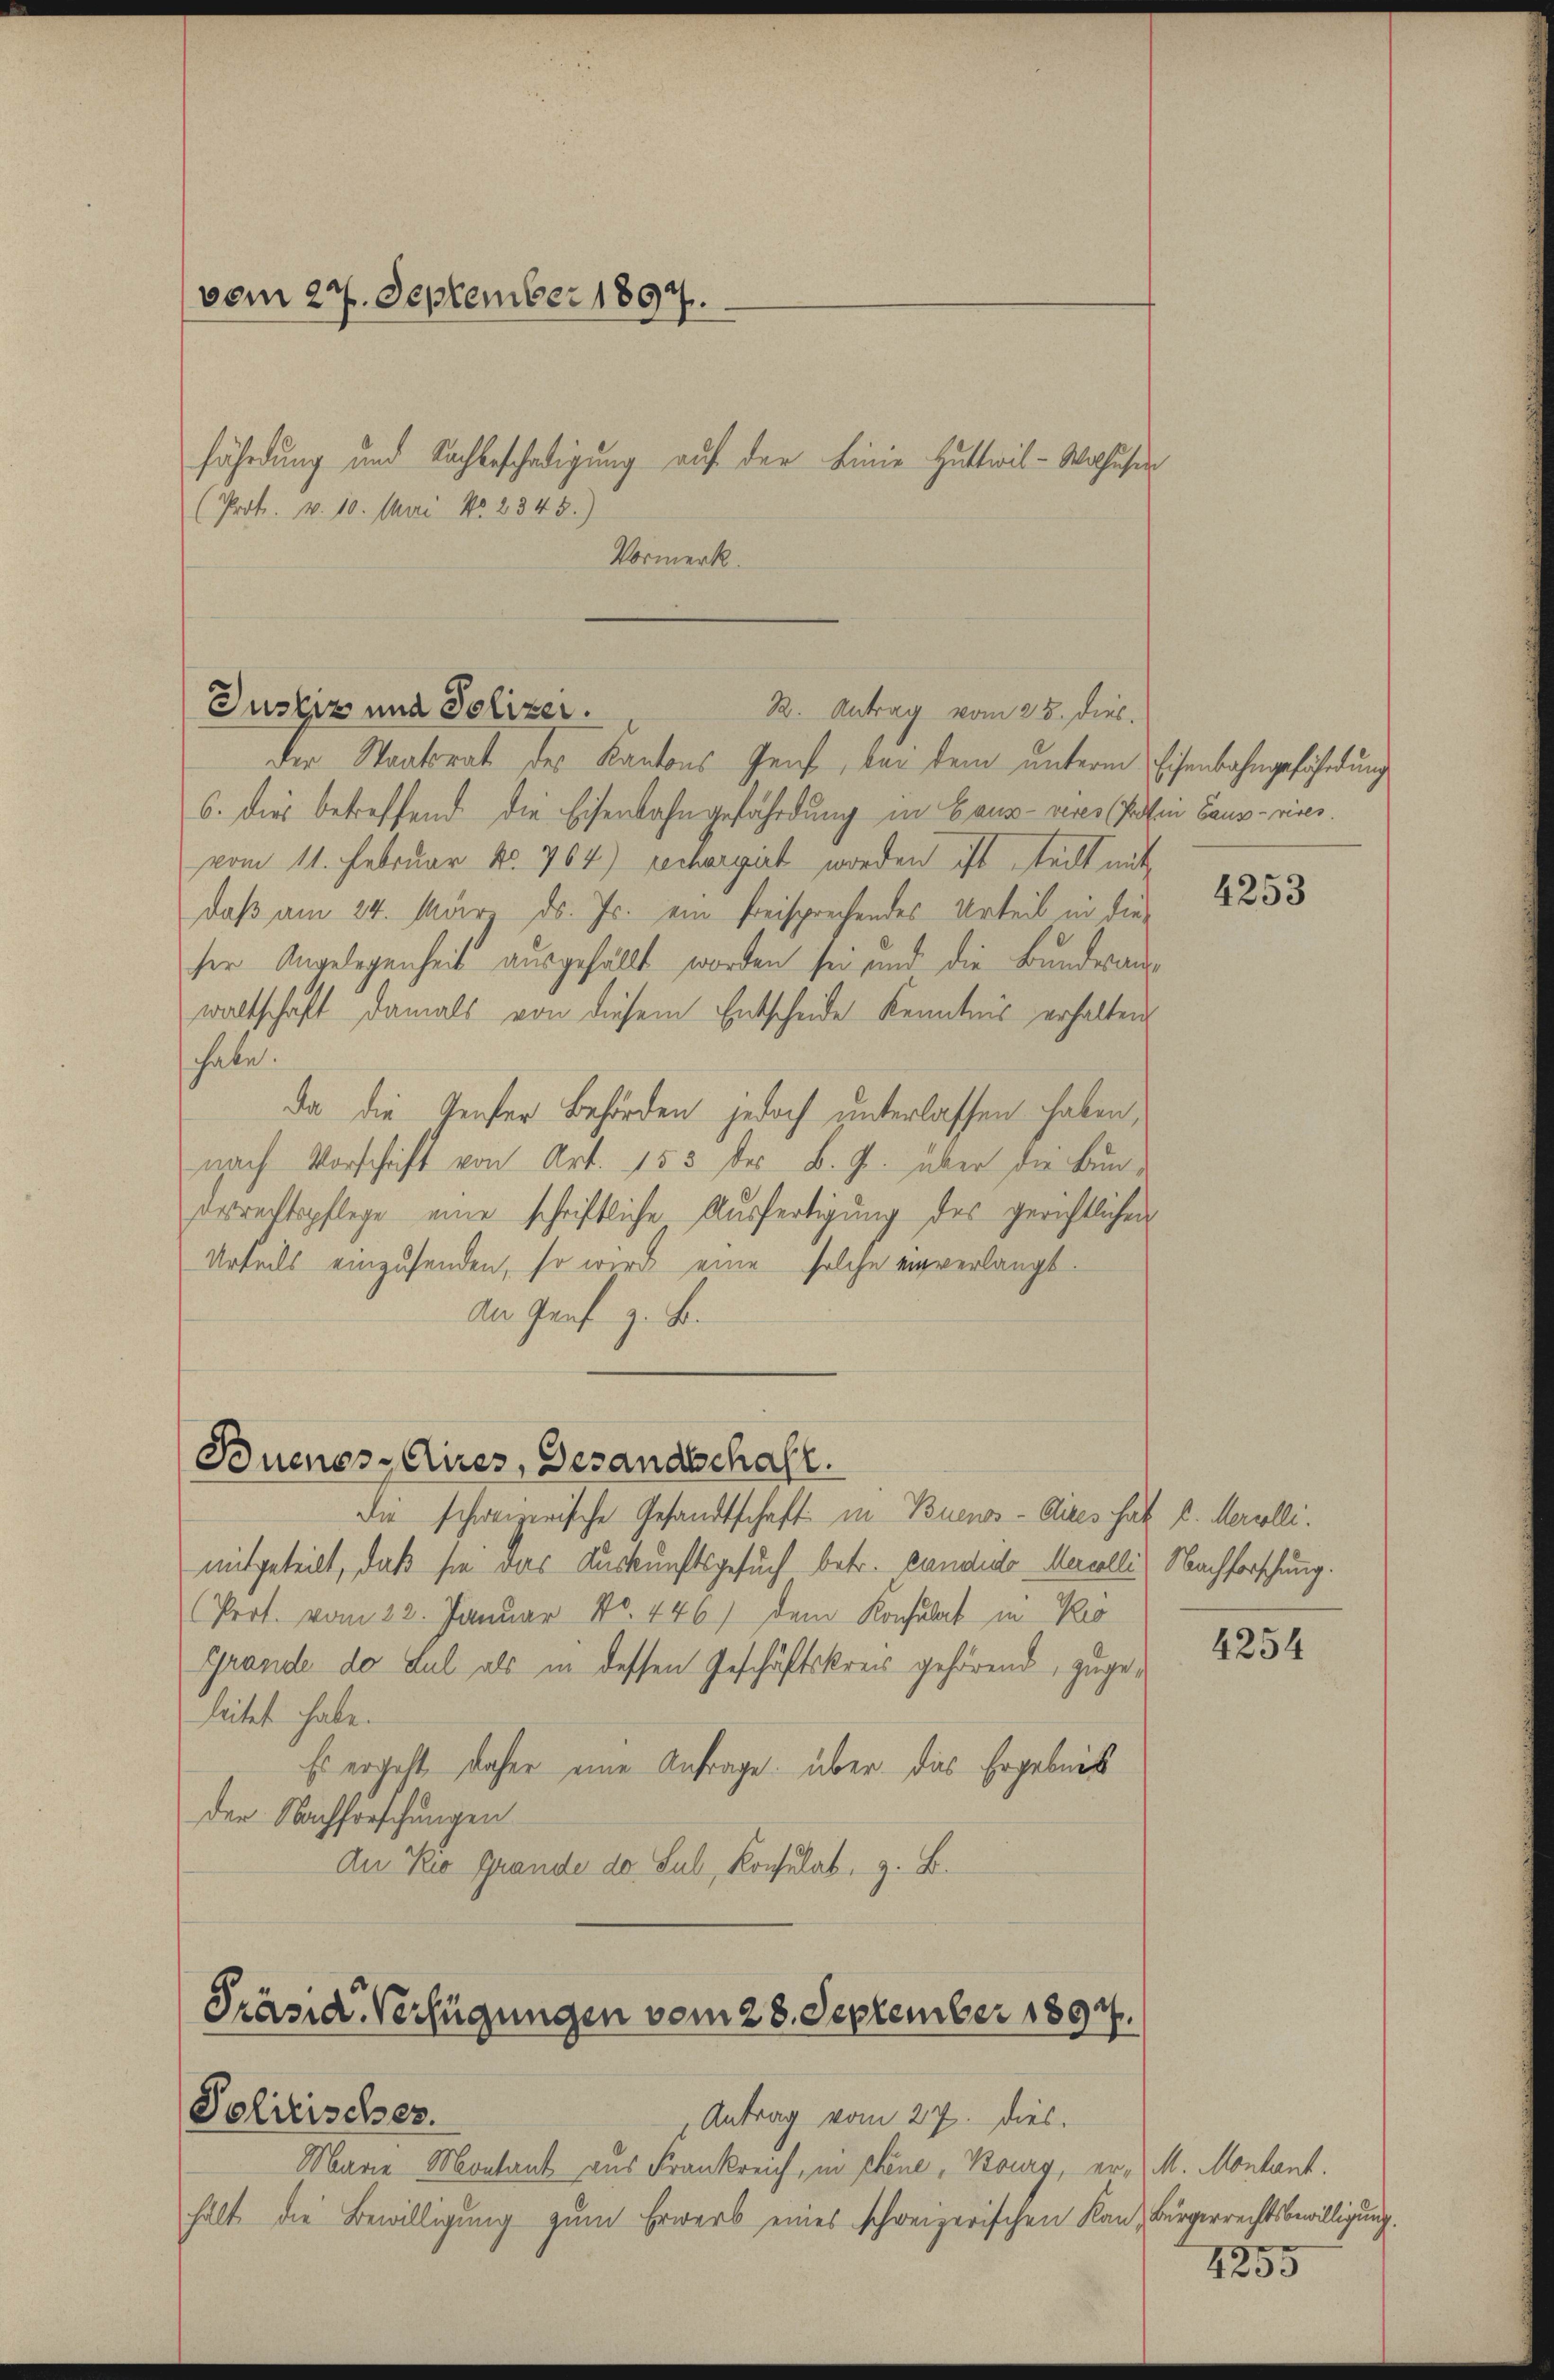
vom 27. September 1897.
fährdung und Nachbeschädigung auf der Linie Huttwil-Wolhuser
(Prot. v. 10. Mai No 2345.)
Vormerk.

Justiz und Polizei.
R. Antrag vom 25. dies

der Staatsrat des Kantons Genf, bei dem unterm Eisenbahngefährdung
6. Dies betreffend die Eisenbahngefährdung in Baum- veres Prof in Bauprises.
vom 11. Februar No. 704) rechargirt worden ist, teilt mit
daß am 24. März ds. Jr. ein freisprechendes Urteil in die
ser Angelegenheit ausgefällt worden sei und die Bundesanwaltschaft damals von diesem Entscheide Kenntnis erhalten
habe.
Da die Genster Behörden jedoch unterlassen haben,
nach Vorschrift von Art. 155 der B. G. über die Bunderrechtspflege eine schriftliche Ausfertigung des gerichtlichen
Urteils einzusenden, so wird eine solche einverlangt.
An Graf z. B.

Buenos-Aires, Gesandtschaft.

Marie Montant aus Frankreich, in plene, Bourg, er M. Montant.
hält die Bewilligung zum Erwerb eines schweizerischen Ko

die schweizerische Gesandtschaft in Buenos-Aires hat l. Mercolli.
mitgeteilt, daß sie das Auskunftsgesuch betr. Candido-Mercolli) Nachforschung.
(Prot. vom 22. Januar No. 446) dem Konsulat in Ko
Grande do dul als in dessen Geschäftskreis gehörend, zugeleitet habe.
Es ergeht, daher eine Anfrage über das Ergebnis
der Nachforschungen
Au Kio Grande de Sub, Konsulat, z. B.

Präsid. Verfügungen vom 28. September 1897.
Politischer.
Antrag vom 27. Dies.

4253

4254

in, Bürgerrechtsbewilligung.
4255